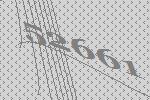
52661